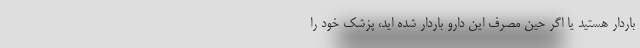
باردار هستید یا اگر حین مصرف این دارو باردار شده اید، پزشک خود را